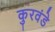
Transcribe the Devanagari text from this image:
कुरवंडे